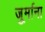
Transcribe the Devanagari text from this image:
जु्र्माना